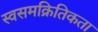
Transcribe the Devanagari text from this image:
स्वसमक्रितिकता